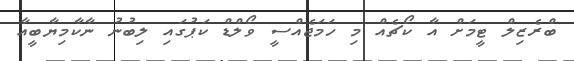
ބްރެޒިލް ޓީމަށް އާ ކޯޗެއް މި ހަމަޖެއްސީ ވޯލްޑް ކަޕުގައި ލިބުނު ނާކާމިޔާބީއާ